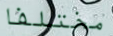
مختلفا